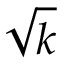
\sqrt k